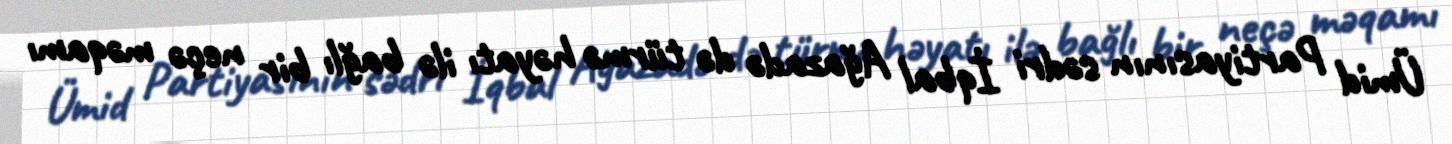
Ümid Partiyasının sədri İqbal Ağazadə də türmə həyatı ilə bağlı bir neçə məqamı